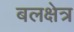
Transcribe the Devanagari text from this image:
बलक्षेत्र